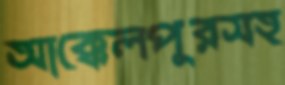
আক্কেলপুরসহ